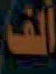
ألف